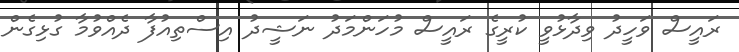
ރައީސް ވަހީދު ވިދާޅުވީ ކުރީގެ ރައީސް މުހަންމަދު ނަޝީދު އިސްތިއުފާ ދެއްވުމާ ގުޅިގެން